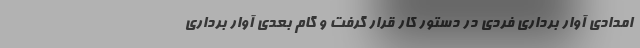
امدادی آوار برداری فردی در دستور کار قرار گرفت و گام بعدی آوار برداری